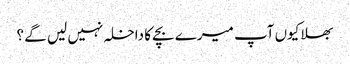
بھلا کیوں آپ میرے بچے کا داخلہ نہیں لیں گے ؟